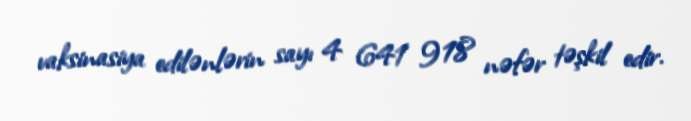
vaksinasiya edilənlərin sayı 4 641 918 nəfər təşkil edir.